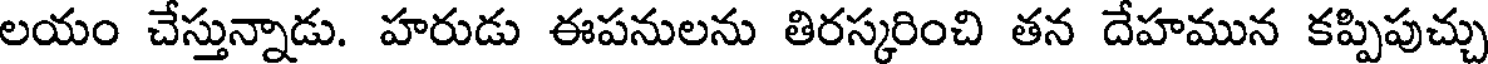
లయం చేస్తున్నాడు. హరుడు ఈపనులను తిరస్కరించి తన దేహమున కప్పిపుచ్చు